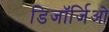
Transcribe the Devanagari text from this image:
डिजॉर्जिओ